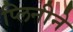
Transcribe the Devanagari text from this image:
प्लिनीने